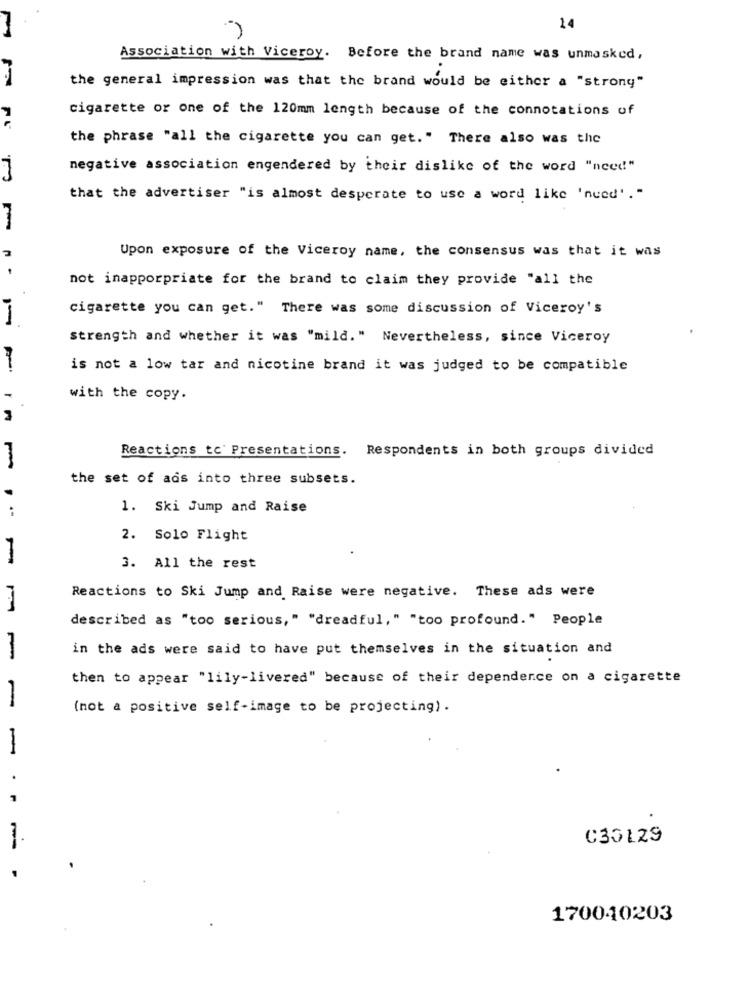
14
Association with Viceroy. Before the brand name was unmasked,
the general impression was that the brand would be either a "strong"
cigarette or one of the 120mm length because of the connotations of
the phrase "all the cigarette you can get." There also was the
negative association engendered by their dislike of the word "need!"
that the advertiser "is almost desperate to use a word like 'need'."
Upon exposure of the Viceroy name, the consensus was that it was
not inapporpriate for the brand to claim they provide "all the
cigarette you can get." There was some discussion of Viceroy's
strength and whether it was "mild." Nevertheless, since Viceroy
is not a low tar and nicotine brand it was judged to be compatible
with the copy.
Reactions to' Presentations. Respondents in both groups divided
the set of ads into three subsets.
1. Ski Jump and Raise
2. Solo Flight
3. All the rest
Reactions to Ski Jump and Raise were negative. These ads were
described as "too serious," "dreadful," "too profound." People
in the ads were said to have put themselves in the situation and
then to appear "lily-livered" because of their dependence on a cigarette
-
(not a positive self-image to be projecting) .
-
.
C33129
--
170040203